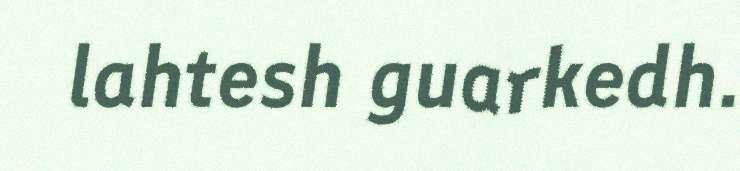
lahtesh guarkedh.